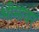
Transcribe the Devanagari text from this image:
भीमावर